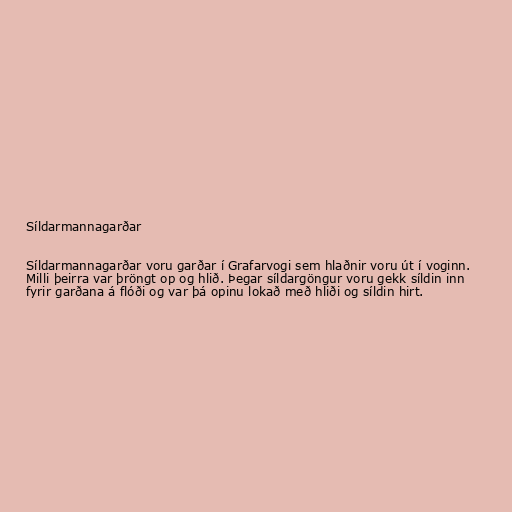
Síldarmannagarðar

Síldarmannagarðar voru garðar í Grafarvogi sem hlaðnir voru út í voginn.
Milli þeirra var þröngt op og hlið. Þegar síldargöngur voru gekk síldin inn
fyrir garðana á flóði og var þá opinu lokað með hliði og síldin hirt.